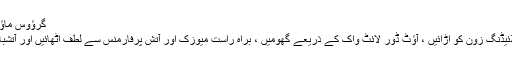
گرؤوس ماؤنٹین پر خاندانی نیا سال کا شام | خاندانی تفریح ​​وینکوور
اسکیٹ تالاب کے پار گلائڈ کریں ، جادوئی قالین پر سلائیڈنگ زون کو اڑائیں ، آؤٹ ڈور لائٹ واک کے ذریعے گھومیں ، براہ راست میوزک اور آتش پرفارمنس سے لطف اٹھائیں اور آتشبازی کے ابتدائی شو (رات 9 بجے) سے حیران ہوجائیں۔